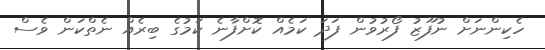
ހެކިންނަށް ނުފޫޒު ފޯރުވުން ފަދަ ކަމެއް ކޮށްފާނެ ކަމުގެ ބިރެއް ނެތްކަން ވެސް